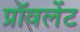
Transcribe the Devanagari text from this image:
प्रॉवलेंट